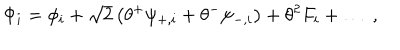
\Phi _ { i } = \phi _ { i } + \sqrt { 2 } \left( \theta ^ { + } \psi _ { + , i } + \theta ^ { - } \psi _ { - , i } \right) + \theta ^ { 2 } F _ { i } + \ldots \ ,